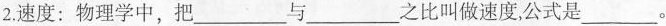
2.速度：物理学中，把___与___之比叫做速度，公式是___。